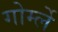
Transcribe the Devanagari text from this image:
गोर्म्ले